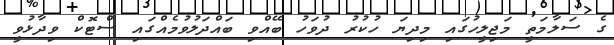
ގެ ސަލާމަތީ މަޖިލީހުގައި މިދިޔަ ހުކުރު ދުވަހު ބޭއްވި ބައްދަލުވުމެއްގައި ސްޓޮކް ވިދާޅުވީ